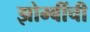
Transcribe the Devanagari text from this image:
झोम्बींची